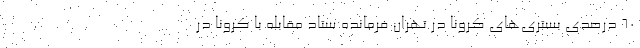
۶۰ درصدی بستری‌های کرونا در تهران فرمانده ستاد مقابله با کرونا در